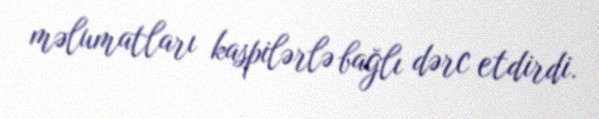
məlumatları kaspilərlə bağlı dərc etdirdi.